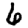
Digit: 6